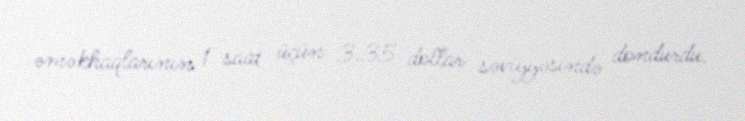
əməkhaqlarının 1 saat üçün 3.35 dollar səviyyəsində dondurdu.